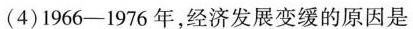
(4)1966-1976年，经济发展变缓的原因是